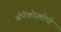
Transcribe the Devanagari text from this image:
ब्रोनेकोस्कोपी